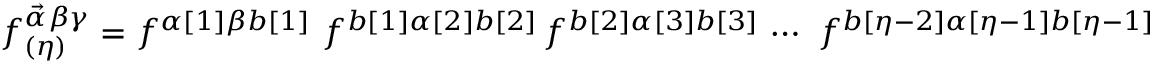
f _ { ( \eta ) } ^ { \vec { \alpha } \beta \gamma } = f ^ { \alpha [ 1 ] \beta b [ 1 ] } \, \, f ^ { b [ 1 ] \alpha [ 2 ] b [ 2 ] } \, f ^ { b [ 2 ] \alpha [ 3 ] b [ 3 ] } \, \cdots \, \, f ^ { b [ \eta - 2 ] \alpha [ \eta - 1 ] b [ \eta - 1 ] } f ^ { b [ \eta - 1 ] \alpha [ \eta ] \gamma } \; ,